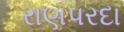
રાણપરદા